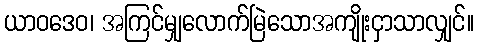
ယာဝဒေဝ၊ အကြင်မျှလောက်မြဲသောအကျိုးငှာသာလျှင်။